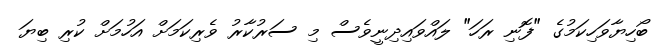
ބޯހިޔާވަހިކަމުގެ "ފޮނި ރަހަ" ލައްވައިދިނީވެސް މި ސަރުކާރު ވެރިކަމަށް އަހުމަށް ކުުރި ބިޔަ